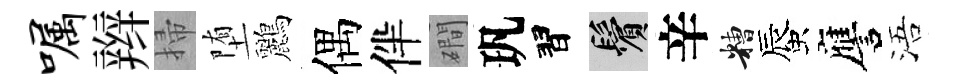
嘱辫掃堕鸝偶伴磵㺬習鬢辛糟蜃譍浯